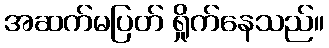
အဆက်မပြတ် ရှိုက်နေသည်။